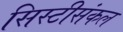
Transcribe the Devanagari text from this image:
सिस्टीसंकल